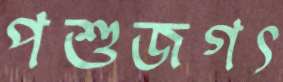
পশুজগৎ